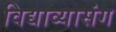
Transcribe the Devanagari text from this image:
विद्याव्यासंग